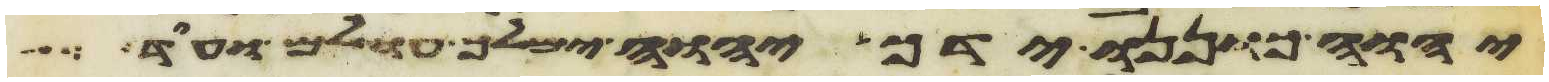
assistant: יהוה כוננו ידך יהוה ימלך עולם ועוד